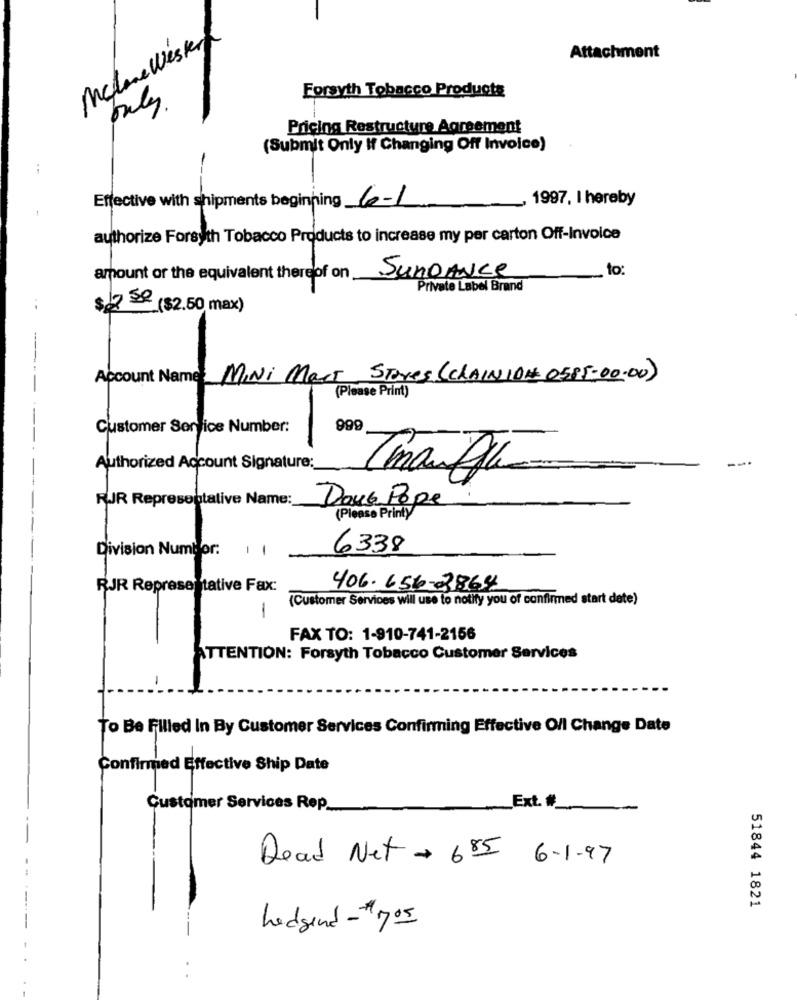
Mclane Westend
Attachment
Forsyth Tobacco Products
buly .
Pricing Restructure Agreement
(Submit Only If Changing Off Invoice)
Effective with shipments beginning 6-1
1997, I hereby
authorize Forsyth Tobacco Products to increase my per carton Off-Invoice
to:
amount of the equivalent therelof on
SunDance
Private Label Brand
$ 12.50
($2.50 max)
Account Name: MINI Mart Stores (CLAINION 0585-00.00)
(Please Print)
688
Customer Service Number:
Authorized Account Signature:
RJR Representative Name:
Dous Pope
(Please Printy
Division Numblor:
11
6338
RJR Representative Fax:
406.656-2864
(Customer Services will use to notify you of confirmed start date)
-
FAX TO: 1-910-741-2156
ATTENTION: Forsyth Tobacco Customer Services
To Be Filled In By Customer Services Confirming Effective Oll Change Date
Confirmed Effective Ship Date
Customer Services Rep_
Ext. #_
Dead Net - 685 6-1-97
51844 1821
hedgend - # 705
.